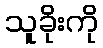
သူခိုးကို